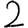
Digit: 2